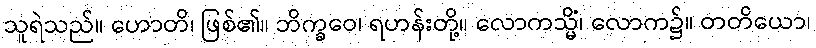
သူရဲသည်။ ဟောတိ၊ ဖြစ်၏။ ဘိက္ခဝေ၊ ရဟန်းတို့။ လောကသ္မိံ၊ လောက၌။ တတိယော၊